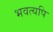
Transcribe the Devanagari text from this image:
भवत्यपि